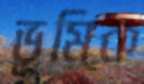
ভূমিক